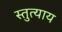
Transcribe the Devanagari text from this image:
स्तुत्याय